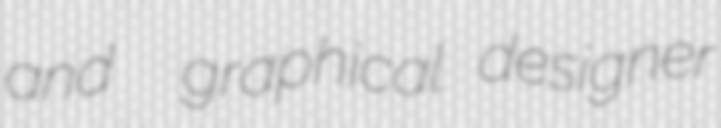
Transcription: and  graphical designer